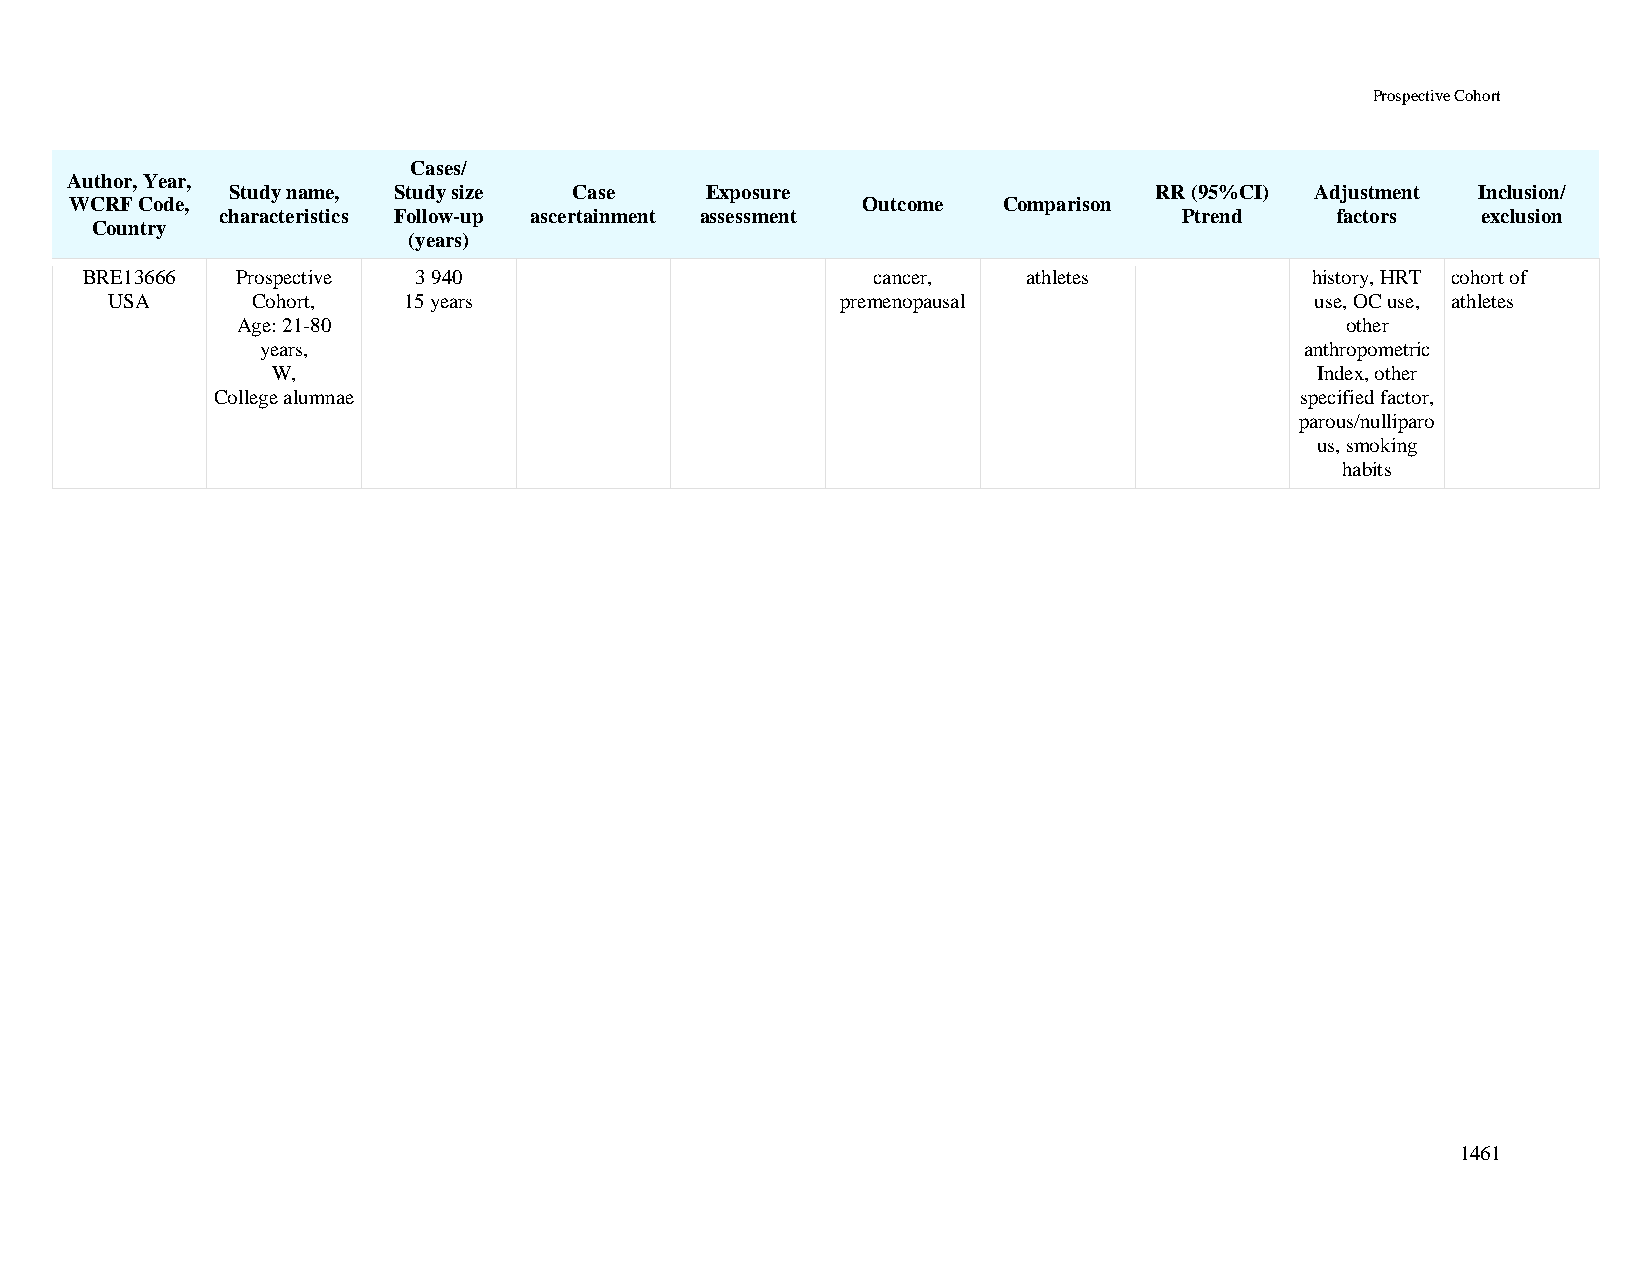
Prospective Cohort
 Cases/
 Author, Year,
 Study name, Study size Case     Exposure                     RR (95%CI) Adjustment Inclusion/
 WCRF Code,                                          Outcome  Comparison
 characteristics Follow-up ascertainment assessment             Ptrend    factors   exclusion
 Country
 (years)
 BRE13666   Prospective 3 940                         cancer,   athletes           history, HRT cohort of
 USA       Cohort,   15 years                     premenopausal                  use, OC use, athletes
 Age: 21-80                                                               other
 years,                                                               anthropometric
 W,                                                                   Index, other
 College alumnae                                                         specified factor,
 parous/nulliparo
 us, smoking
 habits
 1461